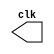
// ------------------------- 
// Exemplo0041 
// Nome: Pedro Henrique Vilar Locatelli 
// --------------------------- 
// -- test clock generator (1) 
// --------------------------- 
	module clock ( clk ); 
		output clk; 
		reg clk; 
		initial 
		begin 
			clk = 1'b0; 
		end 
		always 
		begin 
			#12 clk = ~clk; 
		end 
	endmodule // clock ( )
	 
	module Exemplo0041; 
		wire clk; 
		clock CLK1 ( clk ); 
		initial begin 
			$dumpfile ( "Exemplo0041.vcd" ); 
			$dumpvars; 
		#120 $finish; 
		end 
	endmodule // Exemplo041 ( )